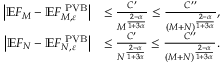
\begin{array} { r l } { \bigl | \mathbb E F _ { M } - \mathbb E F _ { M , \varepsilon } ^ { \mathrm { \tiny ~ P V B } } \bigr | } & { \leq \frac { C ^ { \prime } } { M ^ { \frac { 2 - \alpha } { 1 + 3 \alpha } } } \leq \frac { C ^ { \prime \prime } } { ( M + N ) ^ { \frac { 2 - \alpha } { 1 + 3 \alpha } } } , } \\ { \bigl | \mathbb E F _ { N } - \mathbb E F _ { N , \varepsilon } ^ { \mathrm { \tiny ~ P V B } } \bigr | } & { \leq \frac { C ^ { \prime } } { N ^ { \frac { 2 - \alpha } { 1 + 3 \alpha } } } \leq \frac { C ^ { \prime \prime } } { ( M + N ) ^ { \frac { 2 - \alpha } { 1 + 3 \alpha } } } . } \end{array}